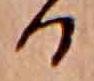
る